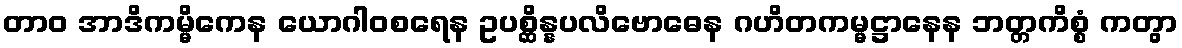
တာဝ အာဒိကမ္မိကေန ယောဂါဝစရေန ဥပစ္ဆိန္နပလိဗောဓေန ဂဟိတကမ္မဋ္ဌာနေန ဘတ္တကိစ္စံ ကတွာ